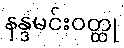
နန္ဒမင်းဝတ္ထု